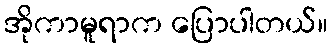
အိုကာမူရာက ပြောပါတယ်။